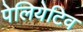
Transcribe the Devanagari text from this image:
पेलियेटिव